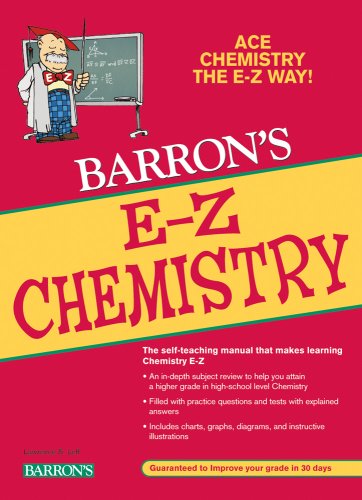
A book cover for E-Z Chemistry (Barron's E-Z Series); Joseph Mascetta M.A.; Science & Math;